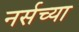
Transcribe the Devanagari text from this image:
नर्सच्या